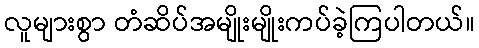
လူများစွာ တံဆိပ်အမျိုးမျိုးကပ်ခဲ့ကြပါတယ်။